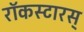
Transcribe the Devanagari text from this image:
रॉकस्टारस्